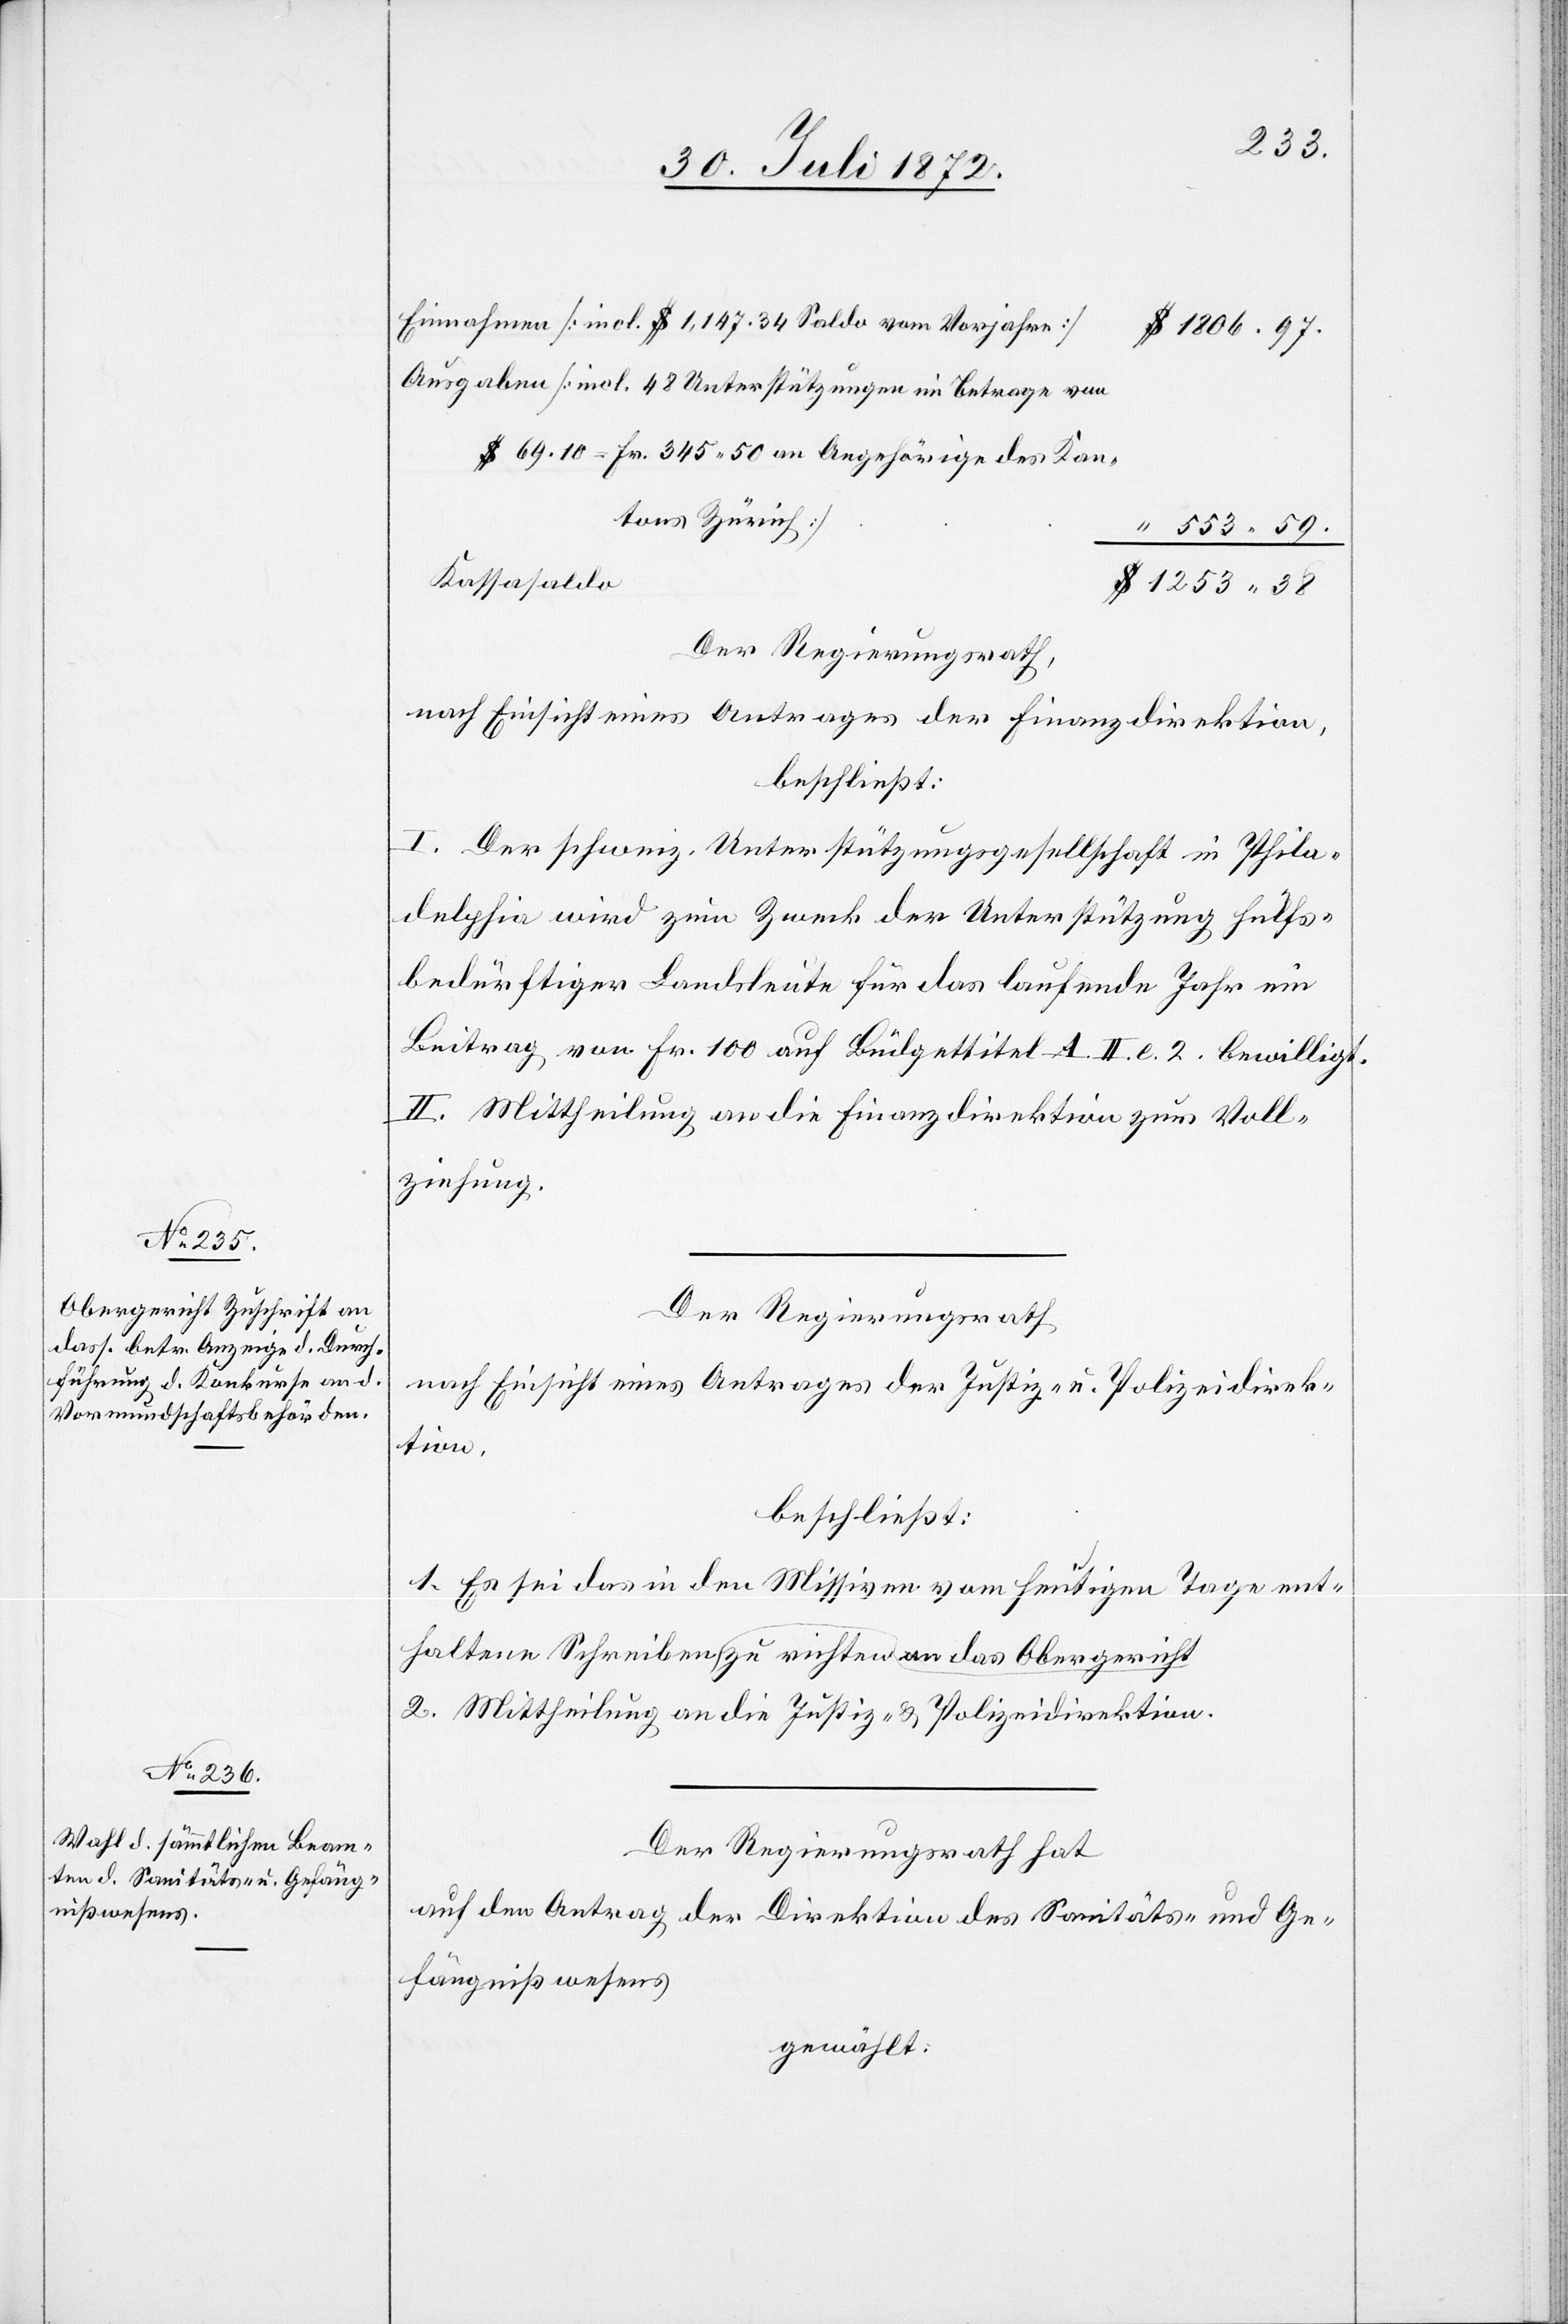
1253.38
Einnahmen [incl. $ 1,147.34 Saldo vom Vorjahre]
1806.97.
Ausgaben [incl. 48 Unterstützungen im Betrage von
$ 69.10 = Fr. 345 50 an Angehörige des Kan¬
tons Zürich]
Kassasaldo
Der Regierungsrath,
nach Einsicht eines Antrages der Finanzdirektion,
beschließt:
I. Der schweiz. Unterstützungsgesellschaft in Phila¬
delphia wird zum Zweck der Unterstützung hülfs¬
bedürftiger Landsleute für das laufende Jahr ein
Beitrag von Fr. 100 auf Büdgettitel A. II. e. 2. bewilligt.
II. Mittheilung an die Finanzdirektion zur Voll¬
ziehung.
Der Regierungsrath
nach Einsicht eines Antrages der Justiz- u. Polizeidirek¬
haltene
beschließt:
1. Es sei das in den Missiven vom heutigen Tage ent¬
2. Mittheilung an die Justiz- u. Polizeidirektion.
Der Regierungsrath hat
auf den Antrag der Direktion des Sanitäts- u. Ge¬
fängnißwesens
gewählt: